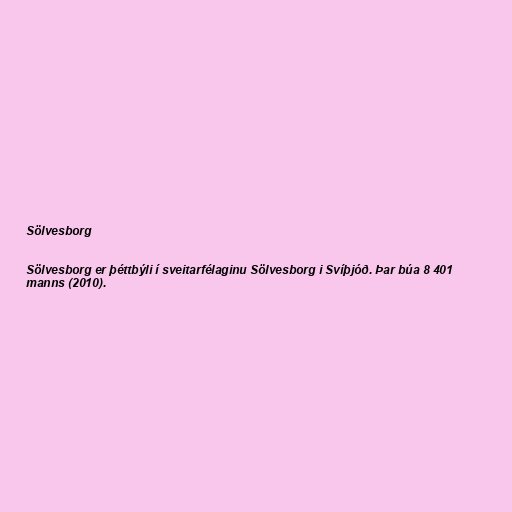
Sölvesborg

Sölvesborg er þéttbýli í sveitarfélaginu Sölvesborg i Svíþjóð. Þar búa 8 401
manns (2010).